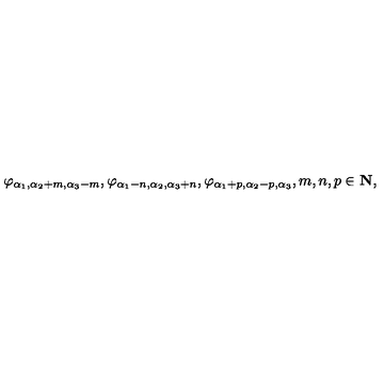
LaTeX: \varphi _ { \alpha _ { 1 } , \alpha _ { 2 } + m , \alpha _ { 3 } - m } , \varphi _ { \alpha _ { 1 } - n , \alpha _ { 2 } , \alpha _ { 3 } + n } , \varphi _ { \alpha _ { 1 } + p , \alpha _ { 2 } - p , \alpha _ { 3 } } , m , n , p \in \mathrm { \bf N } ,